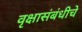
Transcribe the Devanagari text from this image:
वृक्षासंबंधीचे